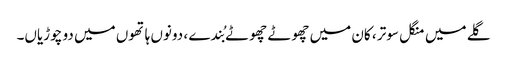
گلے میں منگل سوتر ، کان میں چھوٹے چھوٹے بُندے ، دونوں ہاتھوں میں دو چوڑیاں۔